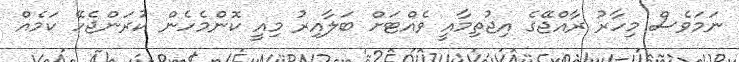
ނަމަވެސް މިހާރު ރާއްޖޭގެ އިޖުތިމާއީ ވެއްޓަށް ބަލާއިރު މިއީ ކޮންމެހެން ކުރަންޖެހޭ ކަމެއް